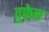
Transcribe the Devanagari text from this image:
तुफेल